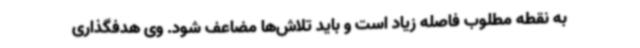
به نقطه مطلوب فاصله زیاد است و باید تلاش‌ها مضاعف شود. وی هدفگذاری